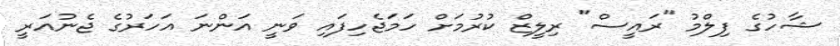
ޝާހުގެ ފިލްމު "ރައީސް" ރިލީޒް ކުރުމަށް ހަމަޖެހިފައި ވަނީ އަންނަ އަހަރުގެ ޖެނުއަރީ